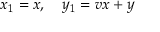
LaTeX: x _ { 1 } = x , \quad y _ { 1 } = v x + y